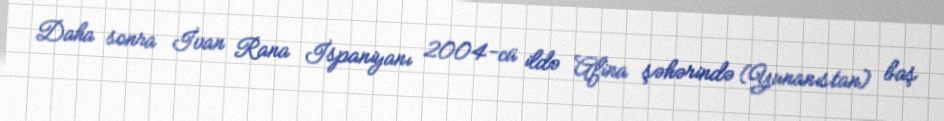
Daha sonra İvan Rana İspaniyanı 2004-cü ildə Afina şəhərində (Yunanıstan) baş